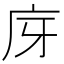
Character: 庌